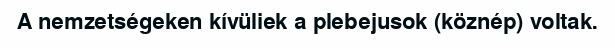
A nemzetségeken kívüliek a plebejusok (köznép) voltak.